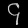
Digit: ၄